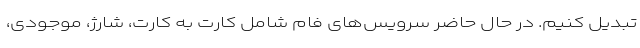
تبدیل کنیم. در حال حاضر سرویس‌های فام شامل کارت به کارت، شارژ، موجودی،